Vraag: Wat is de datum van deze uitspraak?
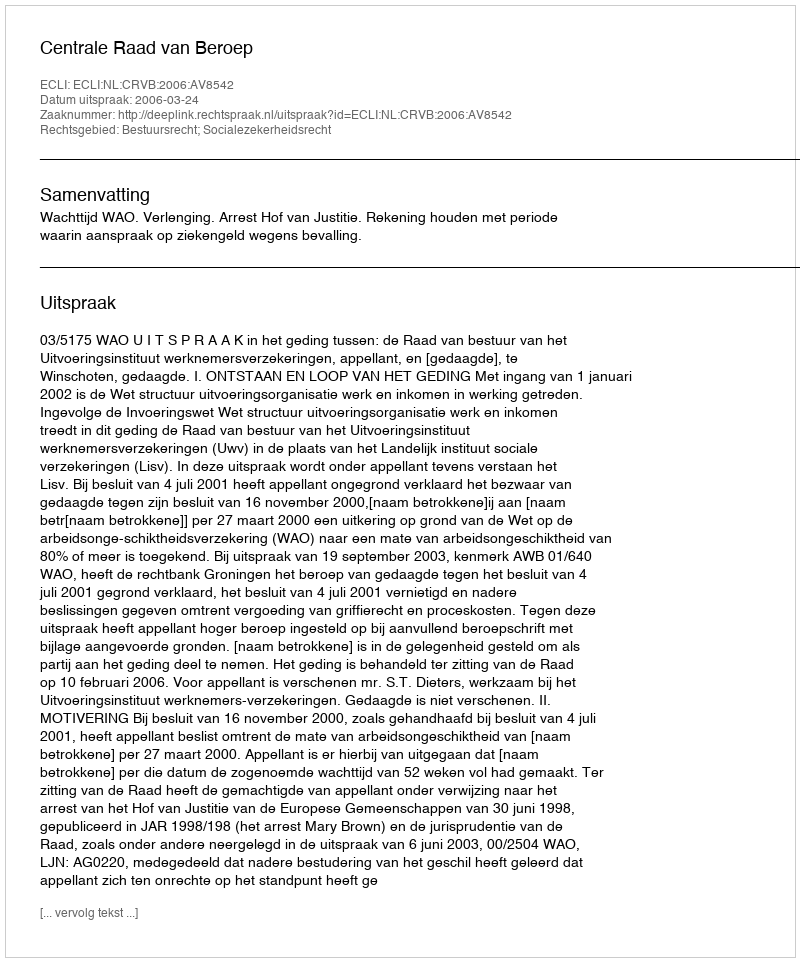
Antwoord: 2006-03-24